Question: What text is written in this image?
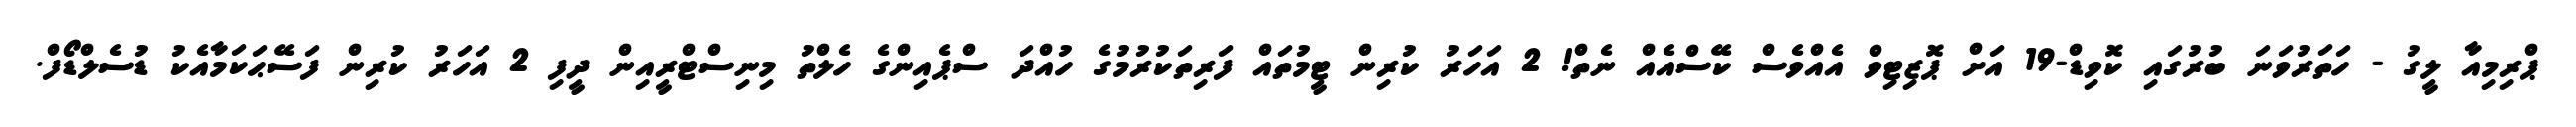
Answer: ޕްރިމިއާ ލީގު - ހަތަރުވަނަ ބުރުގައި ކޮވިޑް-19 އަށް ޕޮޒިޓިވް އެއްވެސް ކޭސްއެއް ނެތް! 2 އަހަރު ކުރިން ޓީމުތައް ފަރިތަކުރުމުގެ ހުއްދަ ސްޕެއިންގެ ހެލްތު މިނިސްޓްރީއިން ދީފި 2 އަހަރު ކުރިން ފަސޭޙަކަމާއެކު ޑުސެލްޑޯފް.